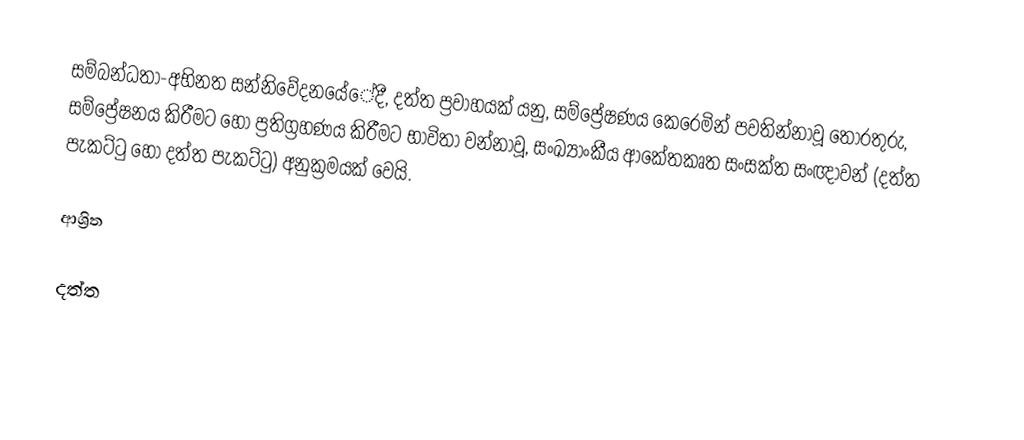
සම්බන්ධතා-අභිනත සන්නිවේදනයේේදී, දත්ත ප්‍රවාහයක් යනු, සම්ප්‍රේෂණය කෙරෙමින් පවතින්නාවූ තොරතුරු,  සම්ප්‍රේෂනය කිරීමට හෝ ප්‍රතිග්‍රහණය කිරීමට භාවිතා වන්නාවූ,  සංඛ්‍යාංකීය ආකේතකෘත සංසක්ත සංඥාවන් (දත්ත  පැකට්ටු හෝ දත්ත පැකට්ටු) අනුක්‍රමයක් වෙයි.

ආශ්‍රිත

දත්ත